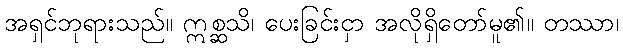
အရှင်ဘုရားသည်။ ဣစ္ဆသိ၊ ပေးခြင်းငှာ အလိုရှိတော်မူ၏။ တဿာ၊